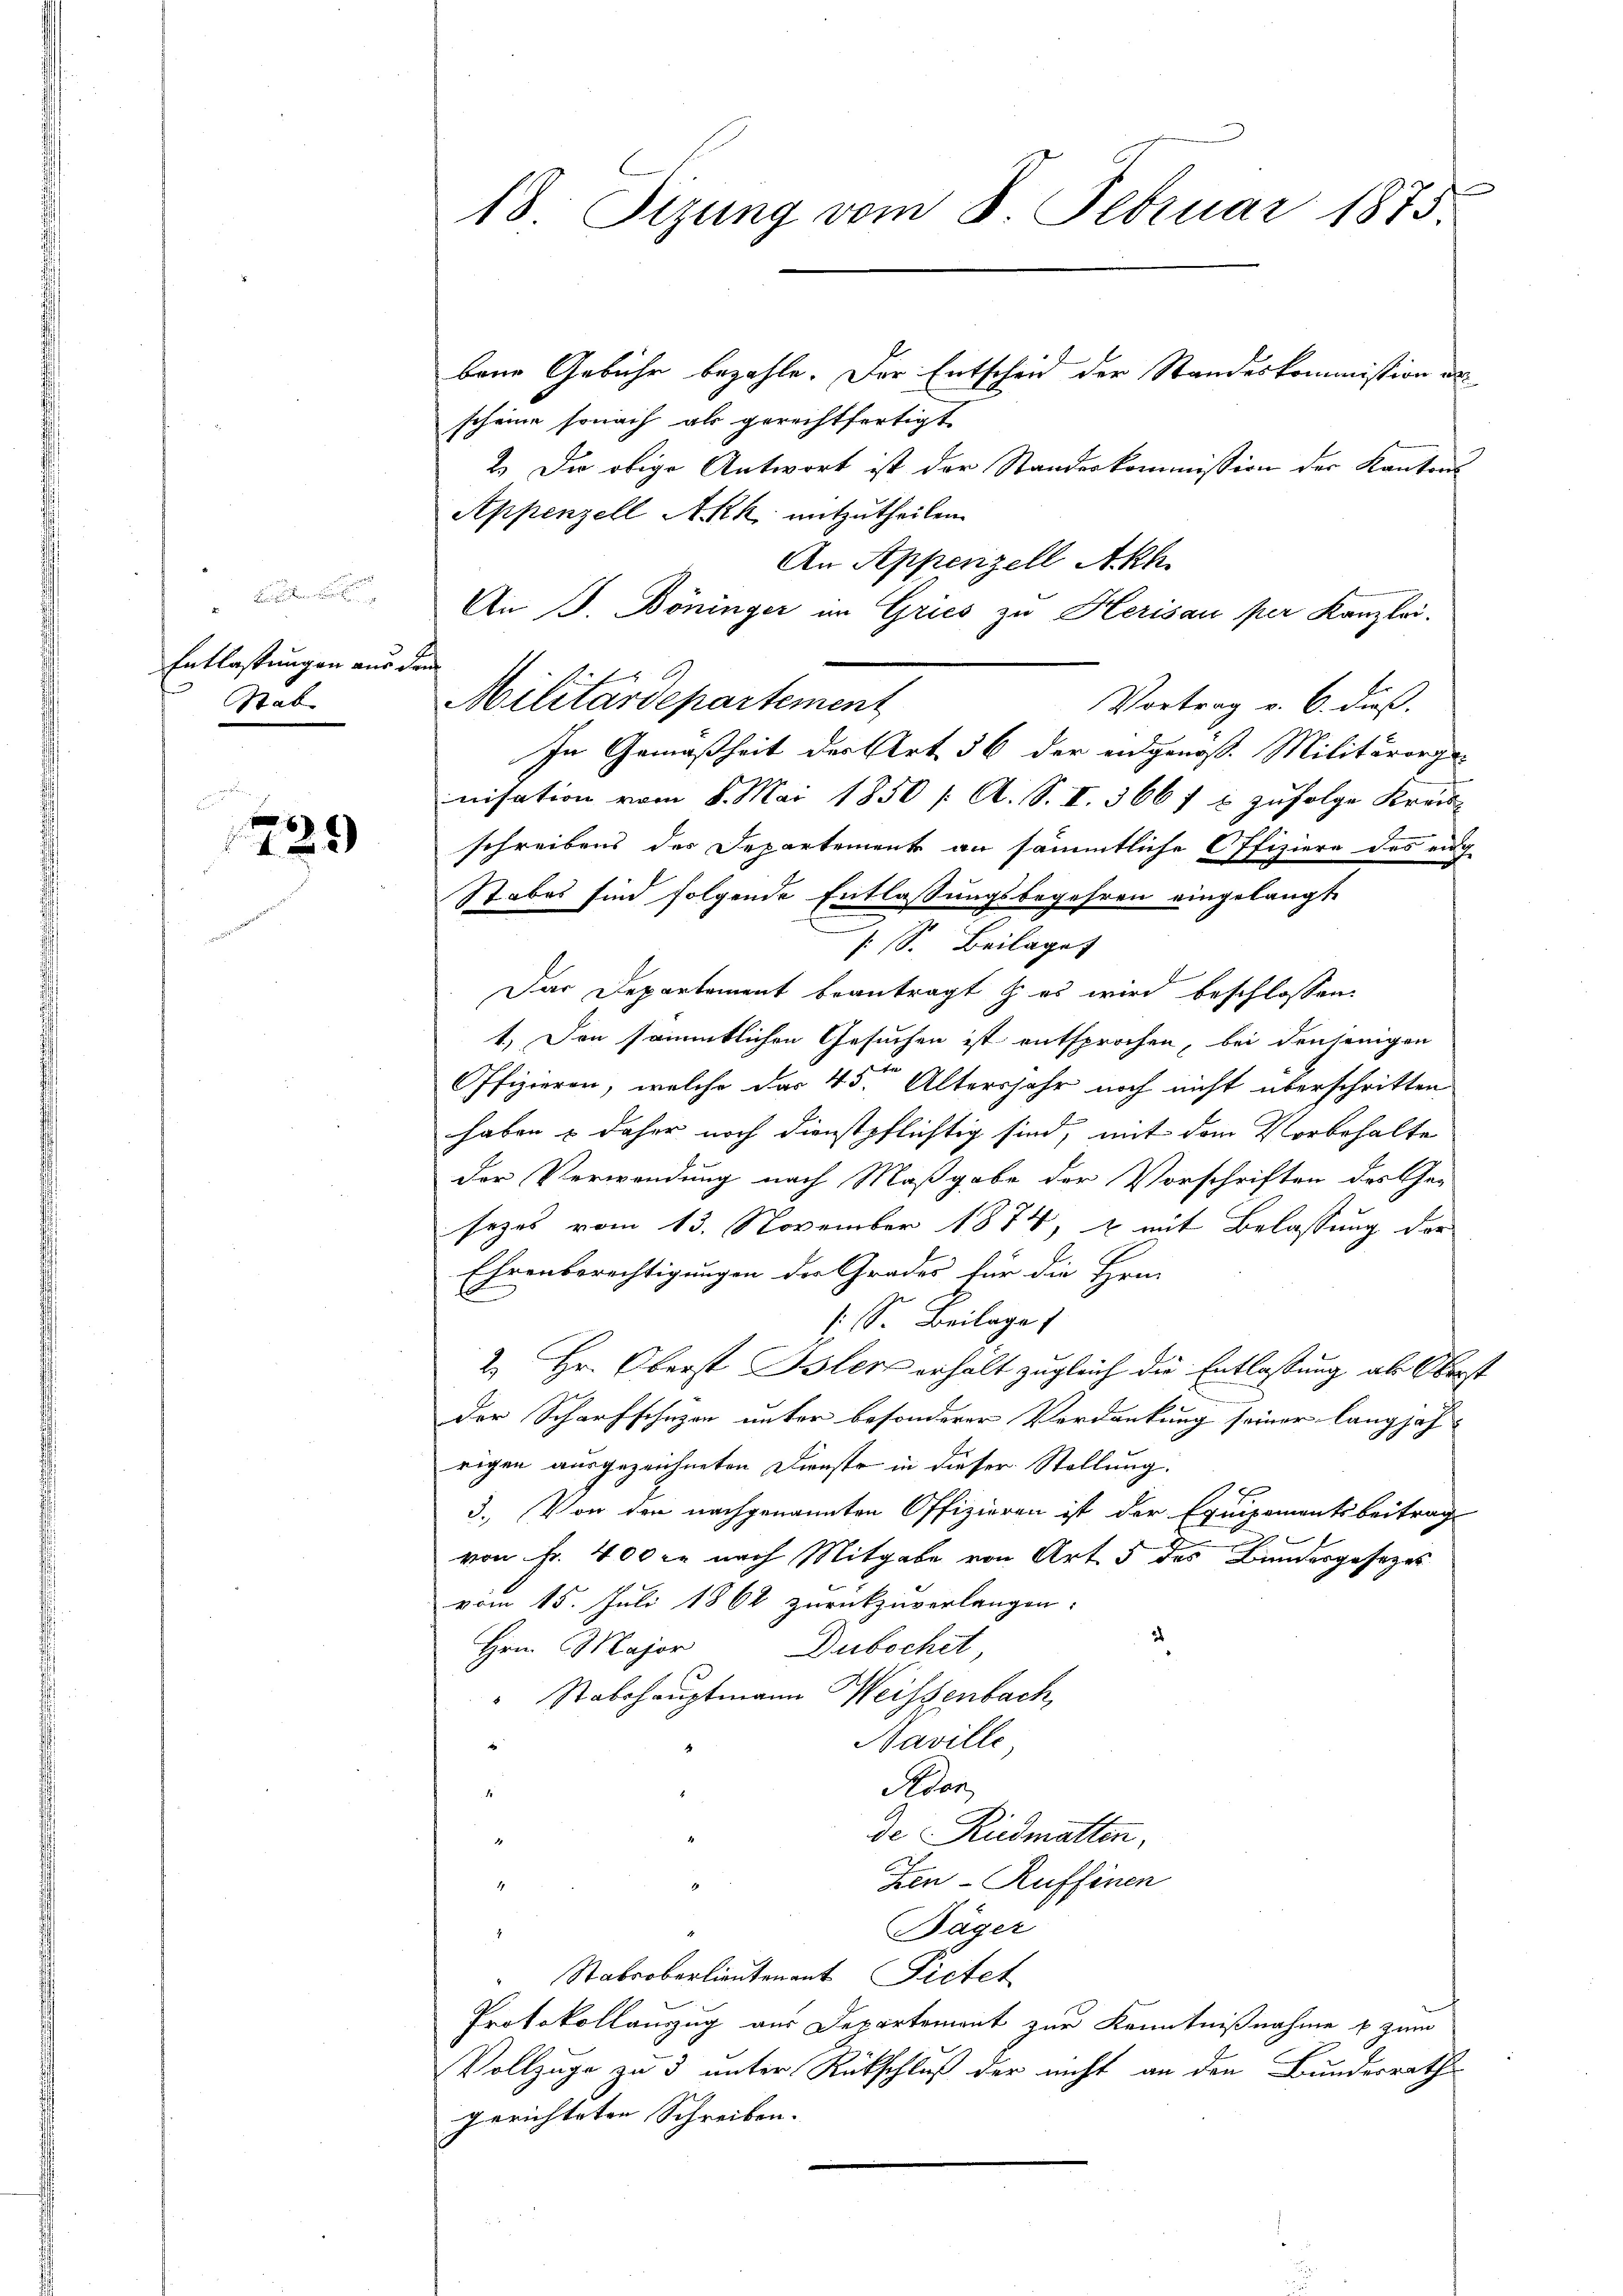
Entlassungen aus de
Sab.

729

18. Sizung vom 8. Februar 1873

bene Gebühr bezahle. Der Entscheid der Standeskommission des
scheine sonach als gerechtfertigt
2.) Die obige Antwort ist der Standeskommission der Kantons
Appenzell Akk mitzutheilen.
An Appenzell Akh.
An J. Böninger im Gries zu Herisau per Kanzlei-
Militärdepartement
Vortrag v. 6. dieß.
In Gemäßheit der Art. 56 der eidgenoß. Militärorga-
nisation vom 8. Mai 1850 /: A. S. I. 366 f 6 zufolge Kreis-
schreibens der Departement an sämmtliche Offiziere des auf
Stabes sind folgende Entlassungsbegehren eingelangte
: S. Beilage
Das Departement beantragt z. es wird beschlossen:
1.) Den sämmtlichen Gesuchen ist entsprochen, bei denjenigen
Offizieren, welche das 45. Altersjahr noch nicht überschritten
haben & daher noch dienstpflichtig sind, mit dem Vorbehalte
der Verwendung nach Maßgabe der Vorschriften des Ge-
sezes vom 13. November 1874, & mit Belassung der
Ehrenberechtigungen der Grades für die Hrn.
s. S. Beilage
2. Hr. Oberst Blen erhält zugleich die Entlassung als Ober¬
Der Scharfschuzen unter besonderer Verdankung seiner langjah-
rigen ausgezeichneten Dienste in dieser Stellung.
3. Von den nachgenannten Offizieren ist der Equipementsbeitrag
x
von Fr. 400 l. nach Mitgabe von Art. 5 des Bundesgesezes
vom 15. Juli 1862 zurückzuverlangen.
Hrn. Major Dubschit
" Stabshauptmann Weisenbach,
Naville,
4
Aban
2
2
de Riedmatten,
Zen-Ruffinen
4
Bäger
4
Stabsoberlieutenant Pietet
Protokollauszug aus Departement zur Kenntnißnahme s zum
Vollzuge zu 3 unter Rückschluß der nicht an den Bundesrath
gerichteten Schreiben.

s